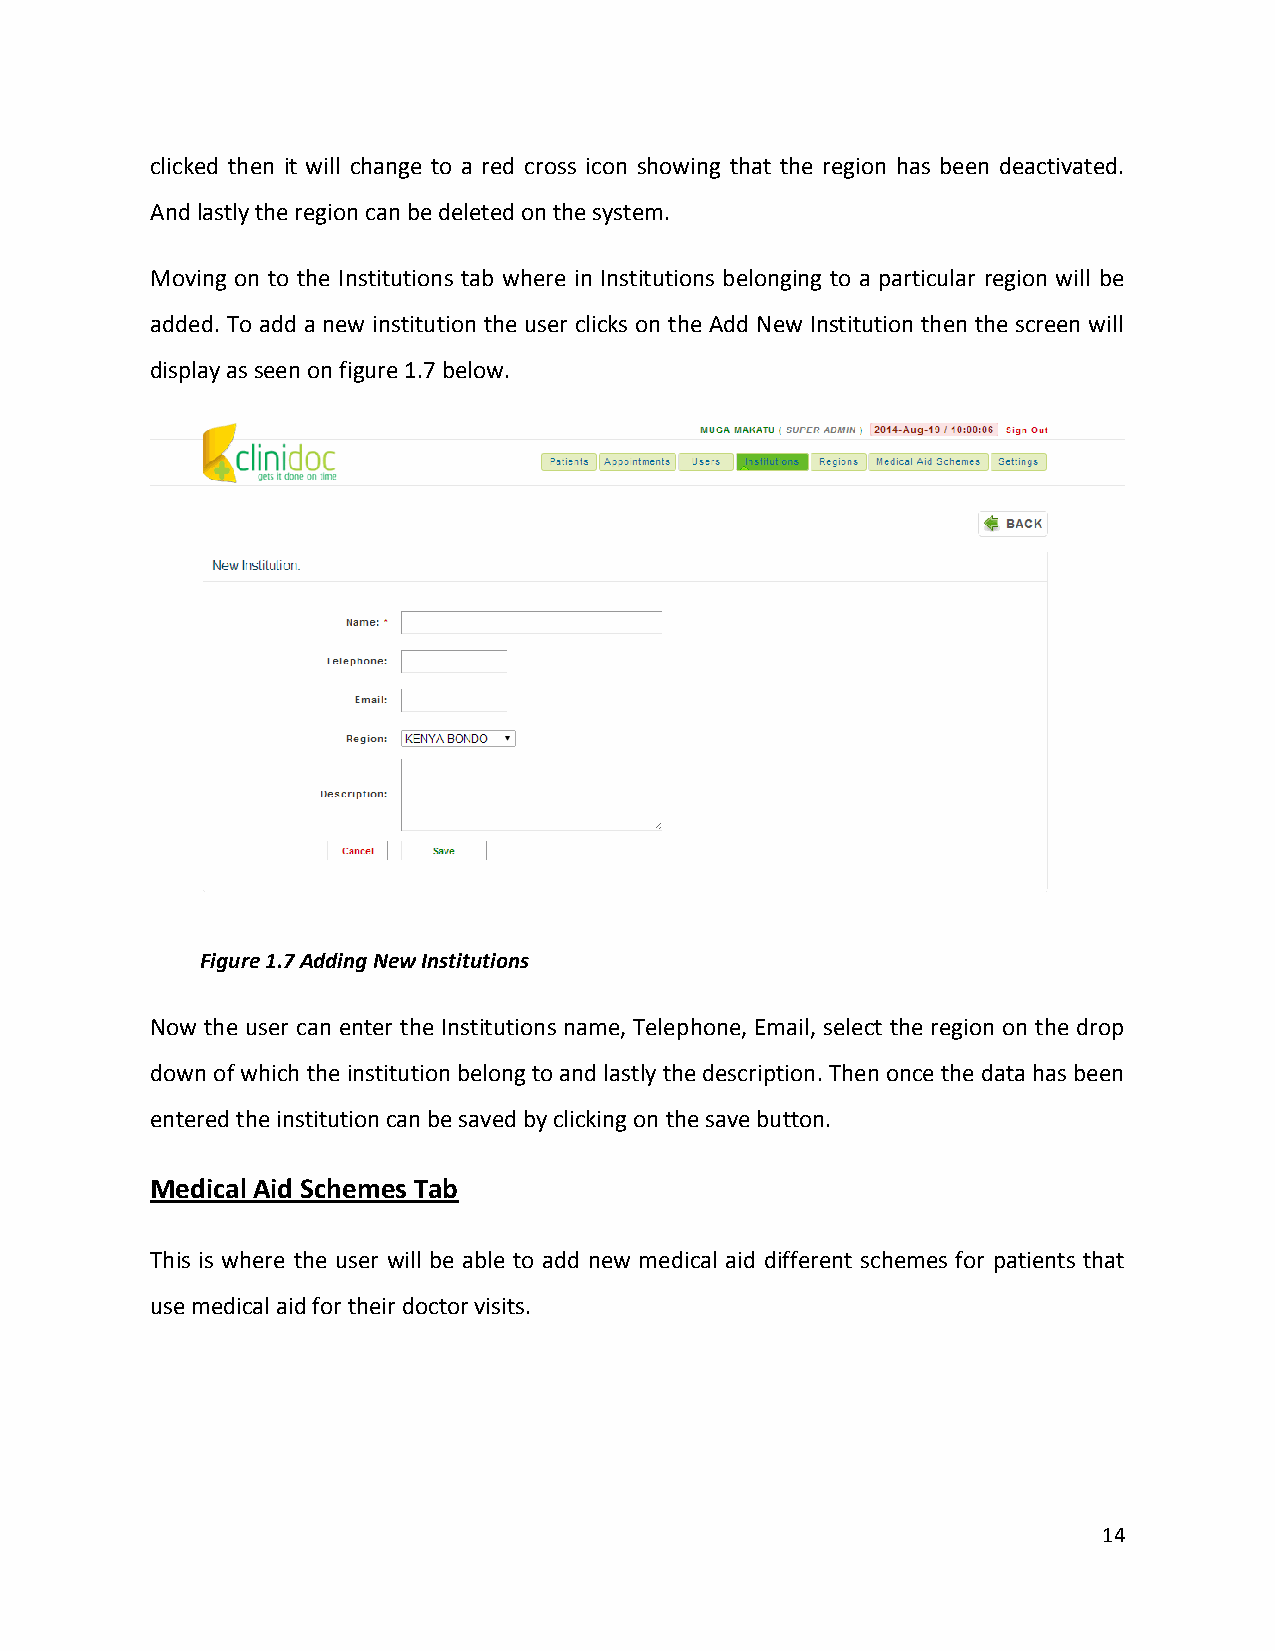
clicked then it will change to a red cross icon showing that the region has been deactivated.
 And lastly the region can be deleted on the system.
 Moving on to the Institutions tab where in Institutions belonging to a particular region will be
 added. To add a new institution the user clicks on the Add New Institution then the screen will
 display as seen on figure 1.7 below.
 Figure 1.7 Adding New Institutions
 Now the user can enter the Institutions name, Telephone, Email, select the region on the drop
 down of which the institution belong to and lastly the description. Then once the data has been
 entered the institution can be saved by clicking on the save button.
 Medical Aid Schemes Tab
 This is where the user will be able to add new medical aid different schemes for patients that
 use medical aid for their doctor visits.
 14